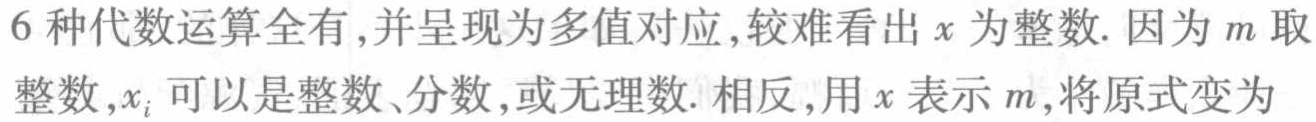
6种代数运算全有,并呈现为多值对应,较难看出\(x\)为整数. 因为\(m\)取整数,\(x_{i}\)可以是整数、分数,或无理数. 相反,用\(x\)表示\(m\),将原式变为